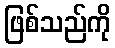
ဖြစ်သည်ကို